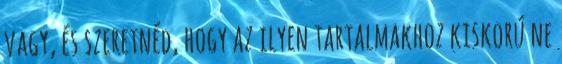
vagy, és szeretnéd, hogy az ilyen tartalmakhoz kiskorú ne